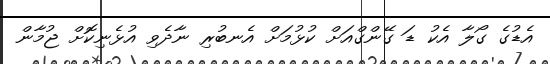
އެޑުގެ ގޯލާ އެކު ޑަ ގޭންގްއަށް ކުޅުމަށް އެނބުރި ނާދެވި އުޅެނިކޮށް ޖުމާން